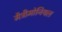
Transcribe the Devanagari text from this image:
मैट्रीमोनियल